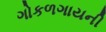
ગોકળગાયની